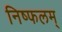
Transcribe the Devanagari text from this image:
निष्फलम्